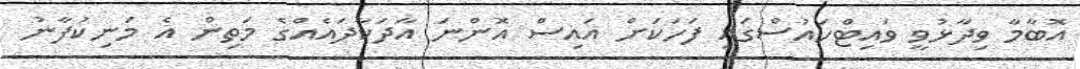
އޮބާމާ ވިދާޅުވީ ވައިޓްހައުސްގައި ފަހަކަށް އައިސް އޮންނަ އާދަކާދައެއްގެ މަތިން އެ މަނިކުފާނު